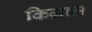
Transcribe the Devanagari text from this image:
किग्राम